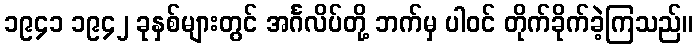
၁၉၄၁ ၁၉၄၂ ခုနှစ်များတွင် အင်္ဂလိပ်တို့ ဘက်မှ ပါဝင် တိုက်ခိုက်ခဲ့ကြသည်။